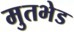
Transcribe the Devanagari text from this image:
मुतभेड